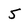
Character: 5